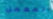
المعمل